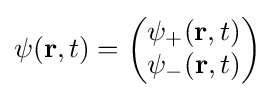
\psi (\mathbf {r} ,t)={\begin{pmatrix}\psi _{+}(\mathbf {r} ,t)\\\psi _{-}(\mathbf {r} ,t)\end{pmatrix}}